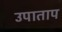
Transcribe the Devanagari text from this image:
उपाताप